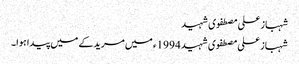
شہباز علی مصطفوی شہید
شہباز علی مصطفوی شہید 1994ء میں مریدکے میں پیدا ہوا۔